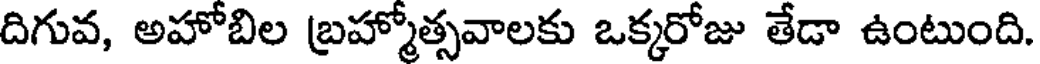
దిగువ, అహోబిల బ్రహ్మోత్సవాలకు ఒక్కరోజు తేడా ఉంటుంది.